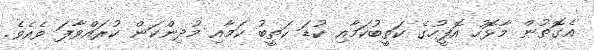
އެގޮތުން މާޅޮހު އޮފީހުގެ ކަތީބުކަމާއި ކުޑަ ކަތީބު ކަމާއި މުދިންކަން ކުރައްވާފަ ވެއެވެ.